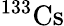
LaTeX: ^{133}\mathrm{Cs}